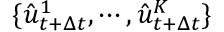
\{ \hat { u } _ { t + \Delta t } ^ { 1 } , \cdots , \hat { u } _ { t + \Delta t } ^ { K } \}